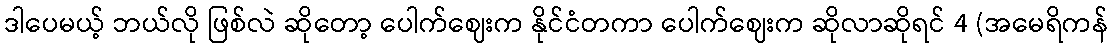
ဒါပေမယ့် ဘယ်လို ဖြစ်လဲ ဆိုတော့ ပေါက်ဈေးက နိုင်ငံတကာ ပေါက်ဈေးက ဆိုလာဆိုရင် 4 (အမေရိကန်